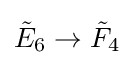
{\tilde {E}}_{6}\to {\tilde {F}}_{4}